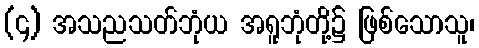
(၄) အသညသတ်ဘုံယ အရူဘုံတို့၌ ဖြစ်သောသူ၊